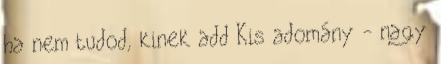
ha nem tudod, kinek add Kis adomány - nagy